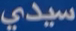
سيدي